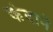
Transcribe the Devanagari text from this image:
कंदाने